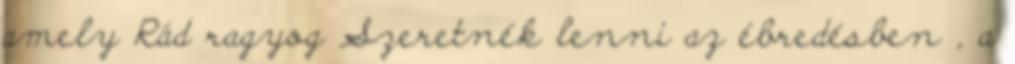
amely Rád ragyog Szeretnék lenni az ébredésben , a